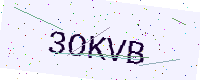
Text: 3OKVB